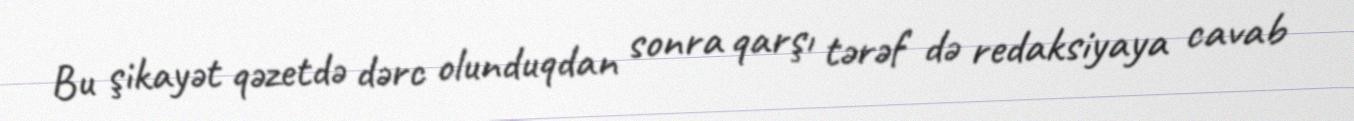
Bu şikayət qəzetdə dərc olunduqdan sonra qarşı tərəf də redaksiyaya cavab